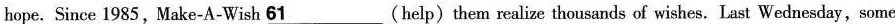
hope.Since 1985,Make-A-Wish \underline{61}(help) them realize thousands of wishes. Last Wednesday, some